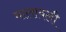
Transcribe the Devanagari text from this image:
मालावली